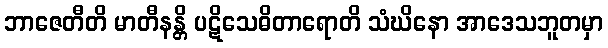
ဘာဇေတီတိ မာတီနန္တိ ပဋိသေဓိတာရောတိ သံဃိနော အာဒေသဘူတမှာ